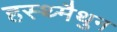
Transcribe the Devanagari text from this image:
हस्थ्मैथुन